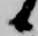
候